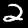
Digit: 2